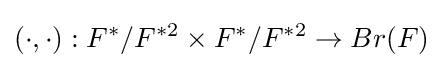
(\cdot ,\cdot ):F^{*}/F^{*2}\times F^{*}/F^{*2}\rightarrow \mathop {Br} (F)